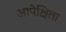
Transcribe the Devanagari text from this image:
आपेक्षिता